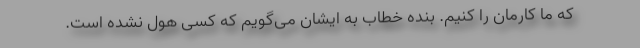
که ما کارمان را کنیم. بنده خطاب به ایشان می‌گویم که کسی هول نشده است.